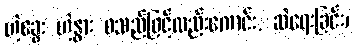
ဟဲ့ခွေး ဟဲ့နွား စသည်ဖြင့်လည်းကောင်း, ဆဲရေးခြင်း၊